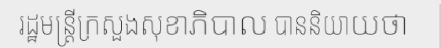
រដ្ឋមន្ត្រីក្រសួងសុខាភិបាល បាននិយាយថា